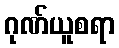
ဂုဏ်ယူစရာ